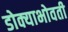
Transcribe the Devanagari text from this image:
डोक्याभोवती